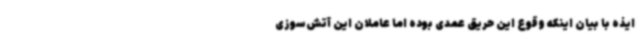
ایذه با بیان اینکه وقوع این حریق عمدی بوده اما عاملان این آتش‌سوزی